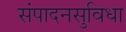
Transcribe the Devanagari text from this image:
संपादनसुविधा